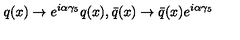
q ( x ) \rightarrow e ^ { i \alpha \gamma _ { 5 } } q ( x ) , \bar { q } ( x ) \rightarrow \bar { q } ( x ) e ^ { i \alpha \gamma _ { 5 } }